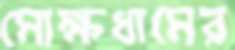
মোক্ষধামের